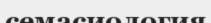
семасиология